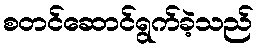
စတင်ဆောင်ရွက်ခဲ့သည်